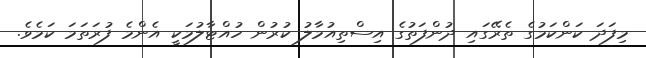
މިފަދަ ކަންކަމުގެ ތެރޭގައި ދުންފަތުގެ އިސްތިއުމާލު ކުރުން ހުއްޓާލުމަކީ އެންމެ ފުރަތަމަ ކަމެވެ.